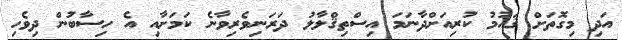
އަދި މިގޮތަށް ޤައުމު ކުރިއަށްދާނަމަ އިސްތިޤްލާލު ދަރަނިވެރިވާނެ ކަމަށާއި އެ ހިސާބުން ދިވެހި